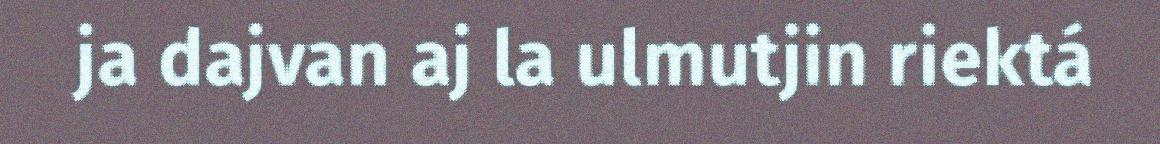
ja dajvan aj la ulmutjin riektá